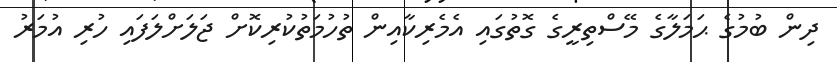
ދިން ބުމުގެ ޙަމަލާގެ މޭސްތިރީގެ ގޮތުގައި އެމެރިކާއިން ތުހުމަތުކުރިކޮށް ޖަލަށްލަފައި ހުރި އުމަރު